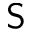
\textsf { S }